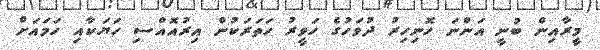
މީރާއިން ބުނީ އަންނަ ހޮނިހިރު ދުވަހުގެ ހަވީރު ހަތަރަކުން އިރުއޮއްސި ހަޔަކާއި ހަމައަށް